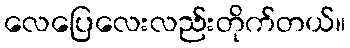
လေပြေလေးလည်းတိုက်တယ်။